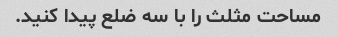
مساحت مثلث را با سه ضلع پیدا کنید.